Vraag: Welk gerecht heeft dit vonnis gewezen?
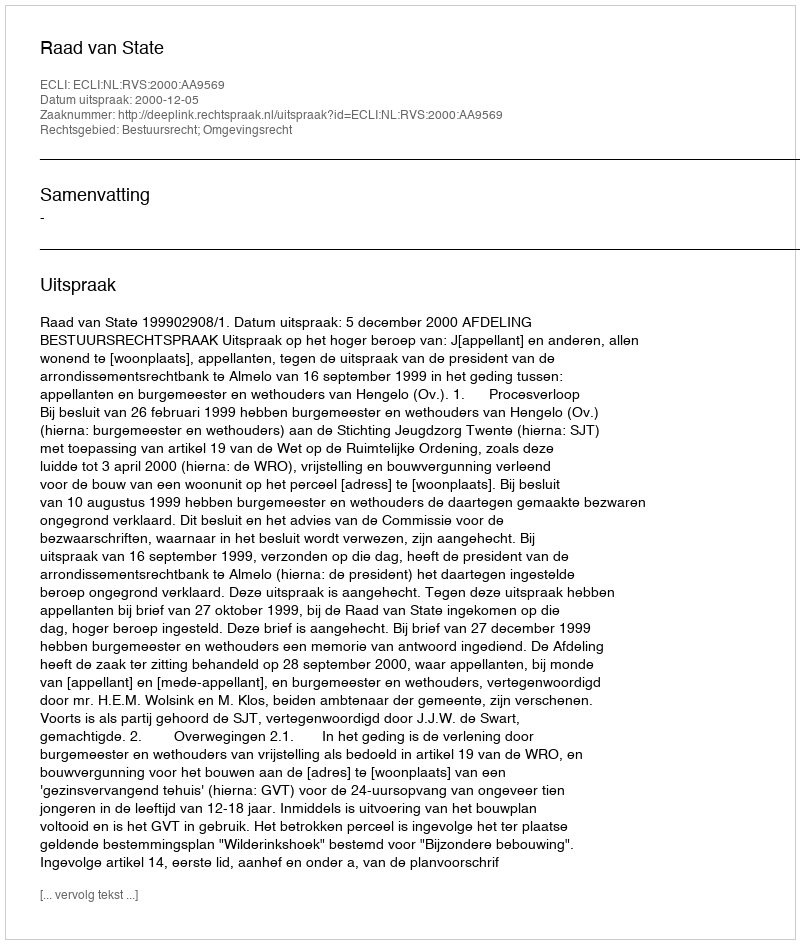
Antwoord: Raad van State